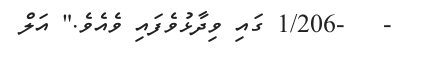
-   -1/206 ގައި ވިދާޅުވެފައި ވެއެވެ." އަލް